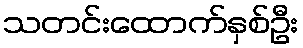
သတင်းထောက်နှစ်ဦး